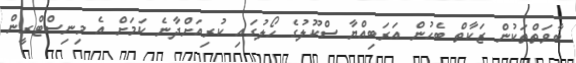
ބާވަތްތަކުން ޒަކާތް ބެހުން އަރަބިއްޔާ ސްކޫލުގެ ހޯލުގައި ކުރިއަށްދާނެ ކަމަށް އެ މިނިސްޓްރީން